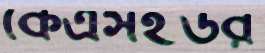
কেএসইউর